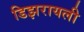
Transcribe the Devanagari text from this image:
डिझरायली